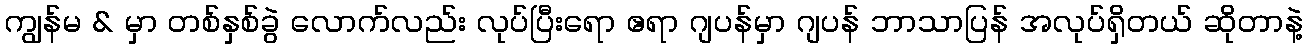
ကျွန်မ & မှာ တစ်နှစ်ခွဲ လောက်လည်း လုပ်ပြီးရော ဧရာ ဂျပန်မှာ ဂျပန် ဘာသာပြန် အလုပ်ရှိတယ် ဆိုတာနဲ့